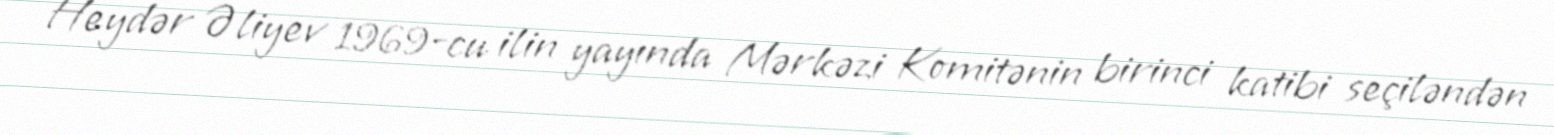
Heydər Əliyev 1969-cu ilin yayında Mərkəzi Komitənin birinci katibi seçiləndən